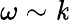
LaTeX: \omega\sim\mathit{k}